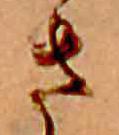
さ